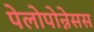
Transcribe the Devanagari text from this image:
पेलोपोन्नेसस